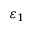
\varepsilon _ { 1 }